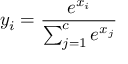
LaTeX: y _ { i } = { \frac { e ^ { x _ { i } } } { \sum _ { j = 1 } ^ { c } e ^ { x _ { j } } } }